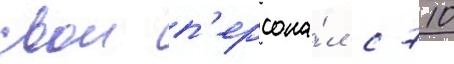
свои п'ерсона́л с 710